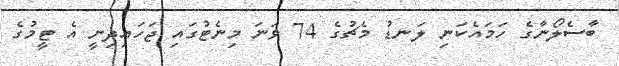
ބާސެލޯނާގެ ހަމައެކަނި ލަނޑު މެޗުގެ 74 ވަނަ މިނެޓުގައި ޖަހައިދިނީ އެ ޓީމުގެ